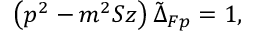
\left( p ^ { 2 } - m ^ { 2 } S z \right) \tilde { \Delta } _ { F p } = 1 ,